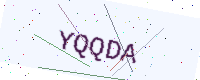
Text: YQQDA